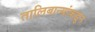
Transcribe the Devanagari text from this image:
तालिबान्यांकडुन